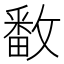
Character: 𫿓